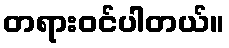
တရားဝင်ပါတယ်။